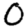
Digit: 0